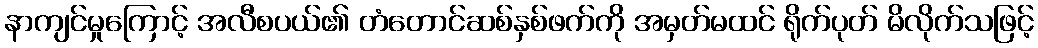
နာကျင်မှုကြောင့် အလီစပယ်၏ တံတောင်ဆစ်နှစ်ဖက်ကို အမှတ်မထင် ရိုက်ပုတ် မိလိုက်သဖြင့်